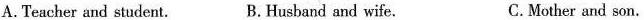
A.Teacher and student. B.Husband and wife. C.Mother and son.